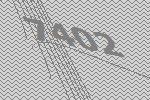
7402